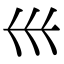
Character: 𡿧